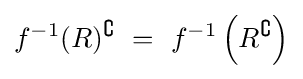
f^{-1}(R)^{\complement }~=~f^{-1}\left(R^{\complement }\right)